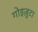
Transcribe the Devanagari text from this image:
गोइज़ुटा